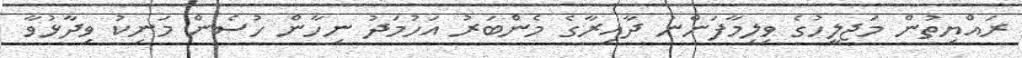
ރައްޔިތުން މަޖިލީހުގެ ވިލިމާފަންނު ދާއިރާގެ މެންބަރު އަހުމަދު ނިހާން ހުސެން މަނިކު ވިދާޅުވާ